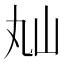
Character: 𡵎